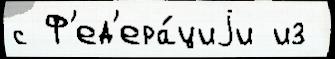
с Ф'ед'ера́циjи из